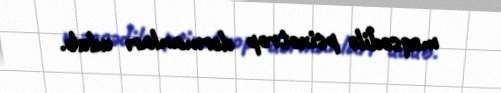
məqsədilə psixotrop dərmanları udub.